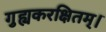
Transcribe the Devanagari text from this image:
गुह्यकरक्षितम्।